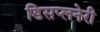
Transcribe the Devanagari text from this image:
डिसप्लनेरी